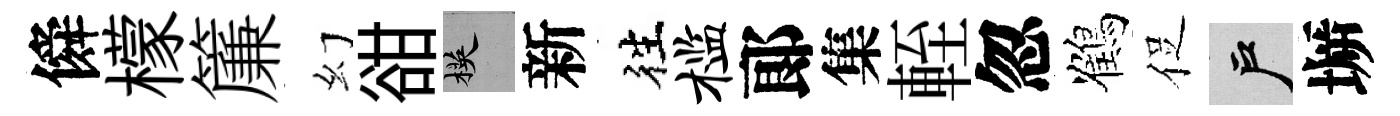
僢檬簾幻𧮳楧新徃槛郞集輊忽鶴促户󶱲